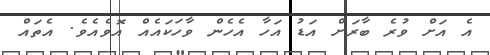
އެ އަށް ވުރެ ބާރަށް އަޑު އަހާ އެހެން ވާހަކައެއް އޮވެއެވެ. އެތައް